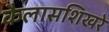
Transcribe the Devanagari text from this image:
कैलासशिखरे